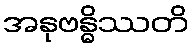
အနုဗန္ဓိဿတိ